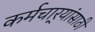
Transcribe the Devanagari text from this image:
कर्मचार्‍यांसाठी